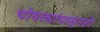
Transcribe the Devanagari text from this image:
चोयट्यांपासूनही